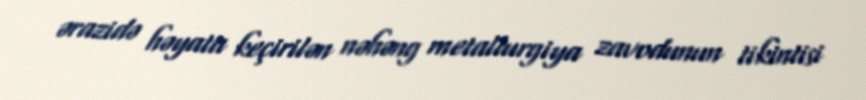
ərazidə həyata keçirilən nəhəng metallurgiya zavodunun tikintisi